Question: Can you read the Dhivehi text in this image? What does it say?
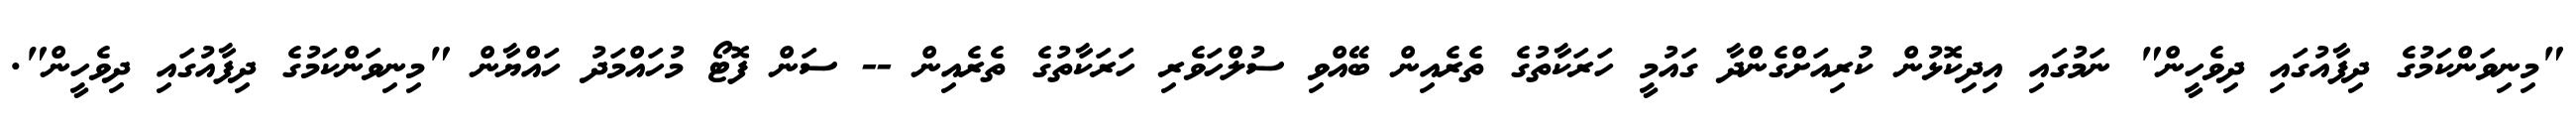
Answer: "މިނިވަންކަމުގެ ދިފާއުގައި ދިވެހީން" ނަމުގައި އިދިކޮޅުން ކުރިއަށްގެންދާ ގައުމީ ހަރަކާތުގެ ތެރެއިން ބޭއްވި ސުލްހަވެރި ހަރަކާތުގެ ތެރެއިން -- ސަން ފޮޓޯ މުހައްމަދު ހައްޔާން "މިނިވަންކަމުގެ ދިފާއުގައި ދިވެހީން".